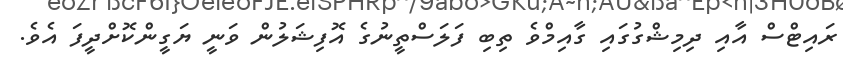
ރައިޓްސް އާއި ދިމިޝްގުގައި ގާއިމްވެ ތިބި ފަލަސްތީނުގެ އޮފިޝަލުން ވަނީ ޔަގީންކޮށްދީފަ އެވެ.